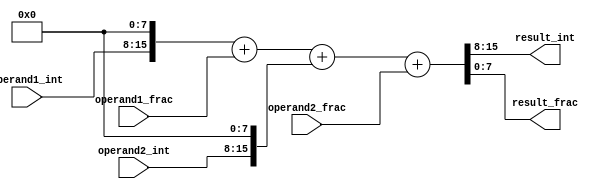
module fixed_point_adder (
    input [7:0] operand1_int,
    input [7:0] operand1_frac,
    input [7:0] operand2_int,
    input [7:0] operand2_frac,
    output [7:0] result_int,
    output [7:0] result_frac
);

reg [16:0] sum;

always @* begin
    sum = (operand1_int << 8) + operand1_frac + (operand2_int << 8) + operand2_frac;
end

assign result_int = sum[16:8];
assign result_frac = sum[7:0];

endmodule